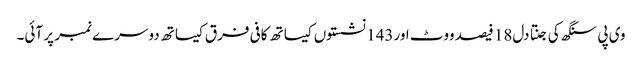
وی پی سنگھ کی جنتا دل18 فیصد ووٹ اور143 نشستوں کیساتھ کافی فرق کیساتھ دوسرے نمبر پر آئی۔